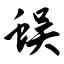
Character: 蜈